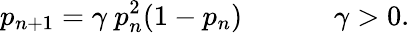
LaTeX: p_{n+1}=\gamma~p_{n}^{2}(1-p_{n})~~~~~~~~~~~~~\gamma>0.